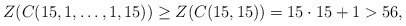
\begin{align*} Z(C(15,1,\ldots,1,15))\geq Z(C(15,15))=15\cdot 15+1>56, \end{align*}